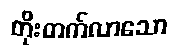
တိုးတက်လာသော